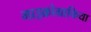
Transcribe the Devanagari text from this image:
माइक्रोग्राफिया